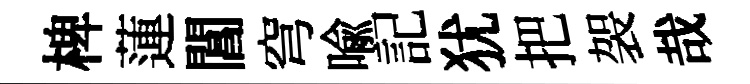
椑蓮閶穹喻記犹把袈哉